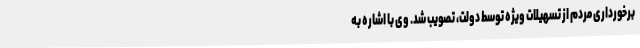
برخورداری مردم از تسهیلات ویژه توسط دولت، تصویب شد. وی با اشاره به